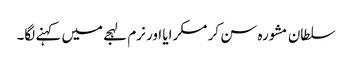
سلطان مشورہ سن کر مسکرایا اور نرم لہجے میں کہنے لگا۔